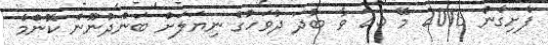
ފެށިގެން 2016 މޭ 25 ވާ ބުދަ ދުވަހުގެ ނިޔަލަށް ބަންދުނޫން ކޮންމެ